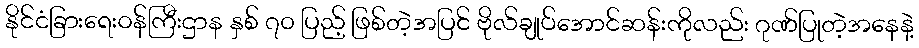
နိုင်ငံခြားရေးဝန်ကြီးဌာန နှစ် ၇၀ ပြည့် ဖြစ်တဲ့အပြင် ဗိုလ်ချုပ်အောင်ဆန်းကိုလည်း ဂုဏ်ပြုတဲ့အနေနဲ့